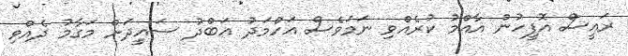
ރައީސް އޮފީހުން އާއްމު ކުރެއްވި ނަމަވެސް އަހްމަދު އަބްދު ސައީދަށް މަގާމު ދެއްވި